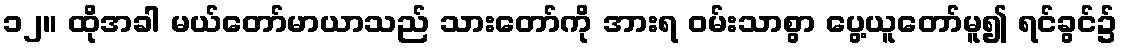
၁၂။ ထိုအခါ မယ်တော်မာယာသည် သားတော်ကို အားရ ဝမ်းသာစွာ ပွေ့ယူတော်မူ၍ ရင်ခွင်၌